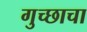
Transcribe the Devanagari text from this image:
गुच्छाचा